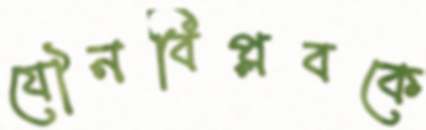
যৌনবিপ্লবকে